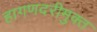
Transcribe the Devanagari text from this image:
हागणदरीमुक्त